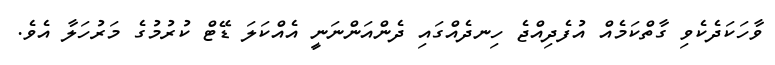
ވާހަކަދެކެވި ގާތްކަމެއް އުފެދިއްޖެ ހިނދެއްގައި ދެންއަންނަނީ އެއްކަލަ ޑޭޓް ކުރުމުގެ މަރުހަލާ އެވެ.